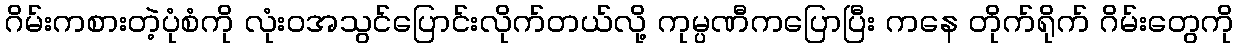
ဂိမ်းကစားတဲ့ပုံစံကို လုံးဝအသွင်ပြောင်းလိုက်တယ်လို့ ကုမ္ပဏီကပြောပြီး ကနေ တိုက်ရိုက် ဂိမ်းတွေကို